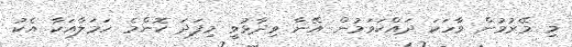
މި މޭރުމުން ވާހަކަ ދައްކަވަމުން އޭނާ ވިދާޅުވީ މިފަދަ ކޮންމެ ހަމަލާއަކާ އެކު